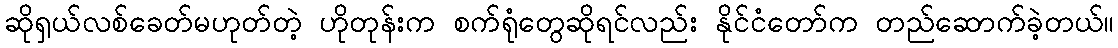
ဆိုရှယ်လစ်ခေတ်မဟုတ်တဲ့ ဟိုတုန်းက စက်ရုံတွေဆိုရင်လည်း နိုင်ငံတော်က တည်ဆောက်ခဲ့တယ်။